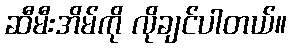
ဆီမီးအိမ်ကို လိုချင်ပါတယ်။